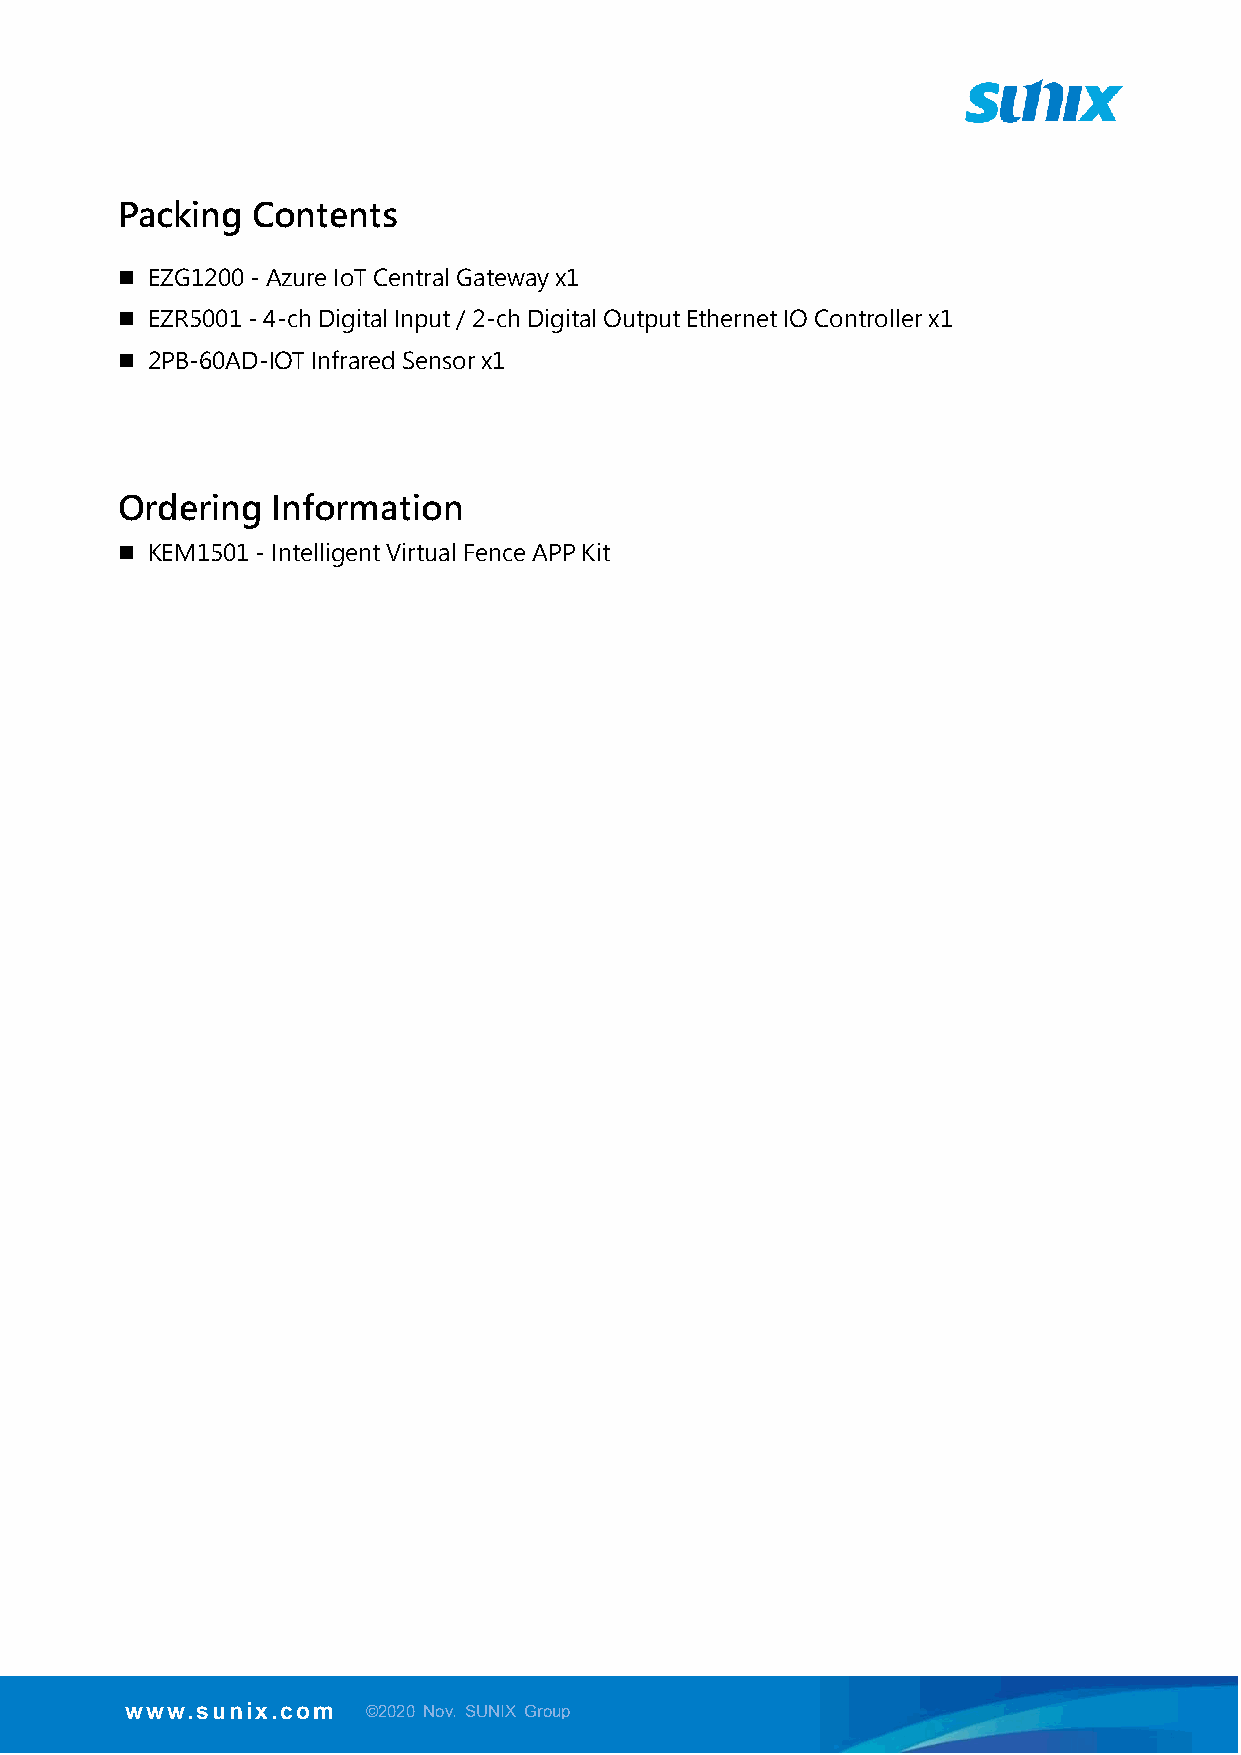
Packing  Contents
  EZG1200 - Azure IoT Central Gateway x1
  EZR5001 - 4-ch Digital Input / 2-ch Digital Output Ethernet IO Controller x1
  2PB-60AD-IOT Infrared Sensor x1
 Ordering  Information
  KEM1501 - Intelligent Virtual Fence APP Kit
 www.sunix.com   ©2020 Nov. SUNIX Group